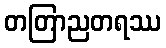
တတြာညတရဿ